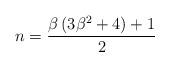
LaTeX: \begin{align*}n=\frac{\beta\left(3\beta^{2}+4\right)+1}{2}\end{align*}